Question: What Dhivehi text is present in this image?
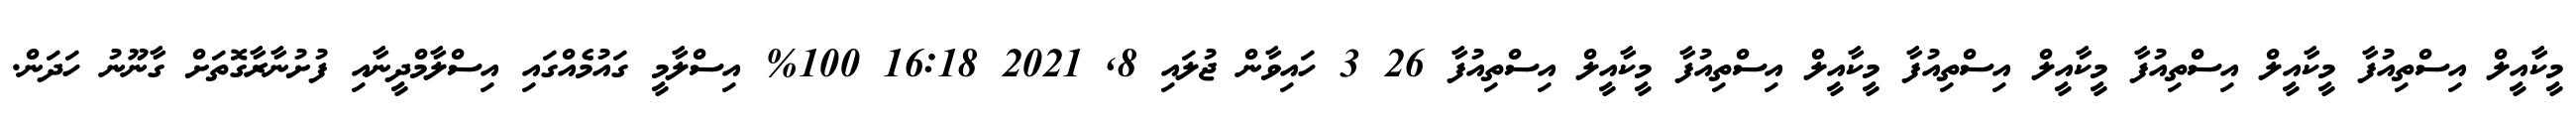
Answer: މީކާއީލް އިސްތިއުފާ މީކާއީލް އިސްތިއުފާ މީކާއީލް އިސްތިއުފާ މީކާއީލް އިސްތިއުފާ މީކާއީލް އިސްތިއުފާ 26 3 ހައިވާން ޖުލައި 8, 2021 16:18 100% އިސްލާމީ ގައުމެއްގައި އިސްލާމްދީނާއި ފުށުނާރާގޮތަށް ގާނޫނު ހަދަން.